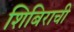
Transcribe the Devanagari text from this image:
शिबिराची